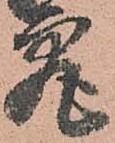
究